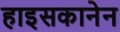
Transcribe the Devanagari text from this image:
हाइसकानेन